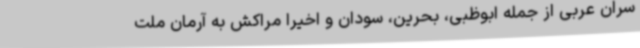
سران عربی از جمله ابوظبی، بحرین، سودان و اخیرا مراکش به آرمان ملت